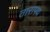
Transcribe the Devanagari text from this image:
तारापथ